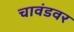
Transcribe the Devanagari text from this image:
चावंडवर